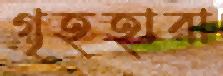
গৃহহারা